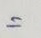
=